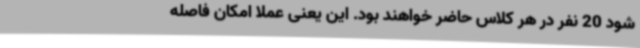
شود 20 نفر در هر کلاس حاضر خواهند بود. این یعنی عملاً امکان فاصله